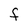
Character: F